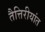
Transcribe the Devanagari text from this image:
तैत्तिरीयांत